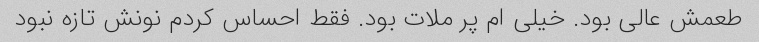
طعمش عالی بود. خیلی ام پر ملات بود. فقط احساس کردم نونش تازه نبود